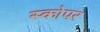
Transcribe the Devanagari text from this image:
स्कोपर